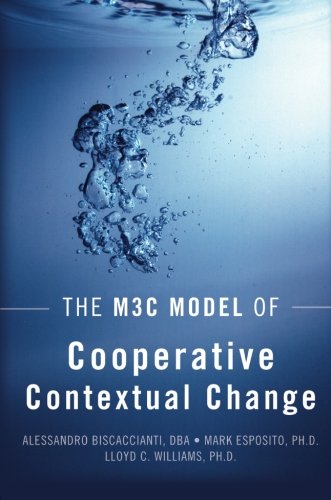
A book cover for The M3C Model of Cooperative Contextual Change; Mark Esposito; Science & Math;